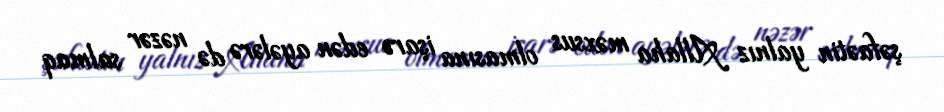
şəfaətin yalnız Allaha məxsus olmasına işarə edən ayələrə də nəzər salmaq